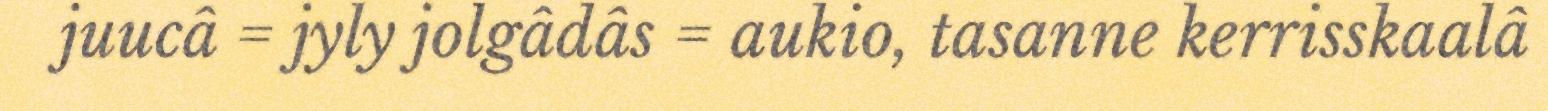
juucâ = jyly jolgâdâs = aukio, tasanne kerrisskaalâ